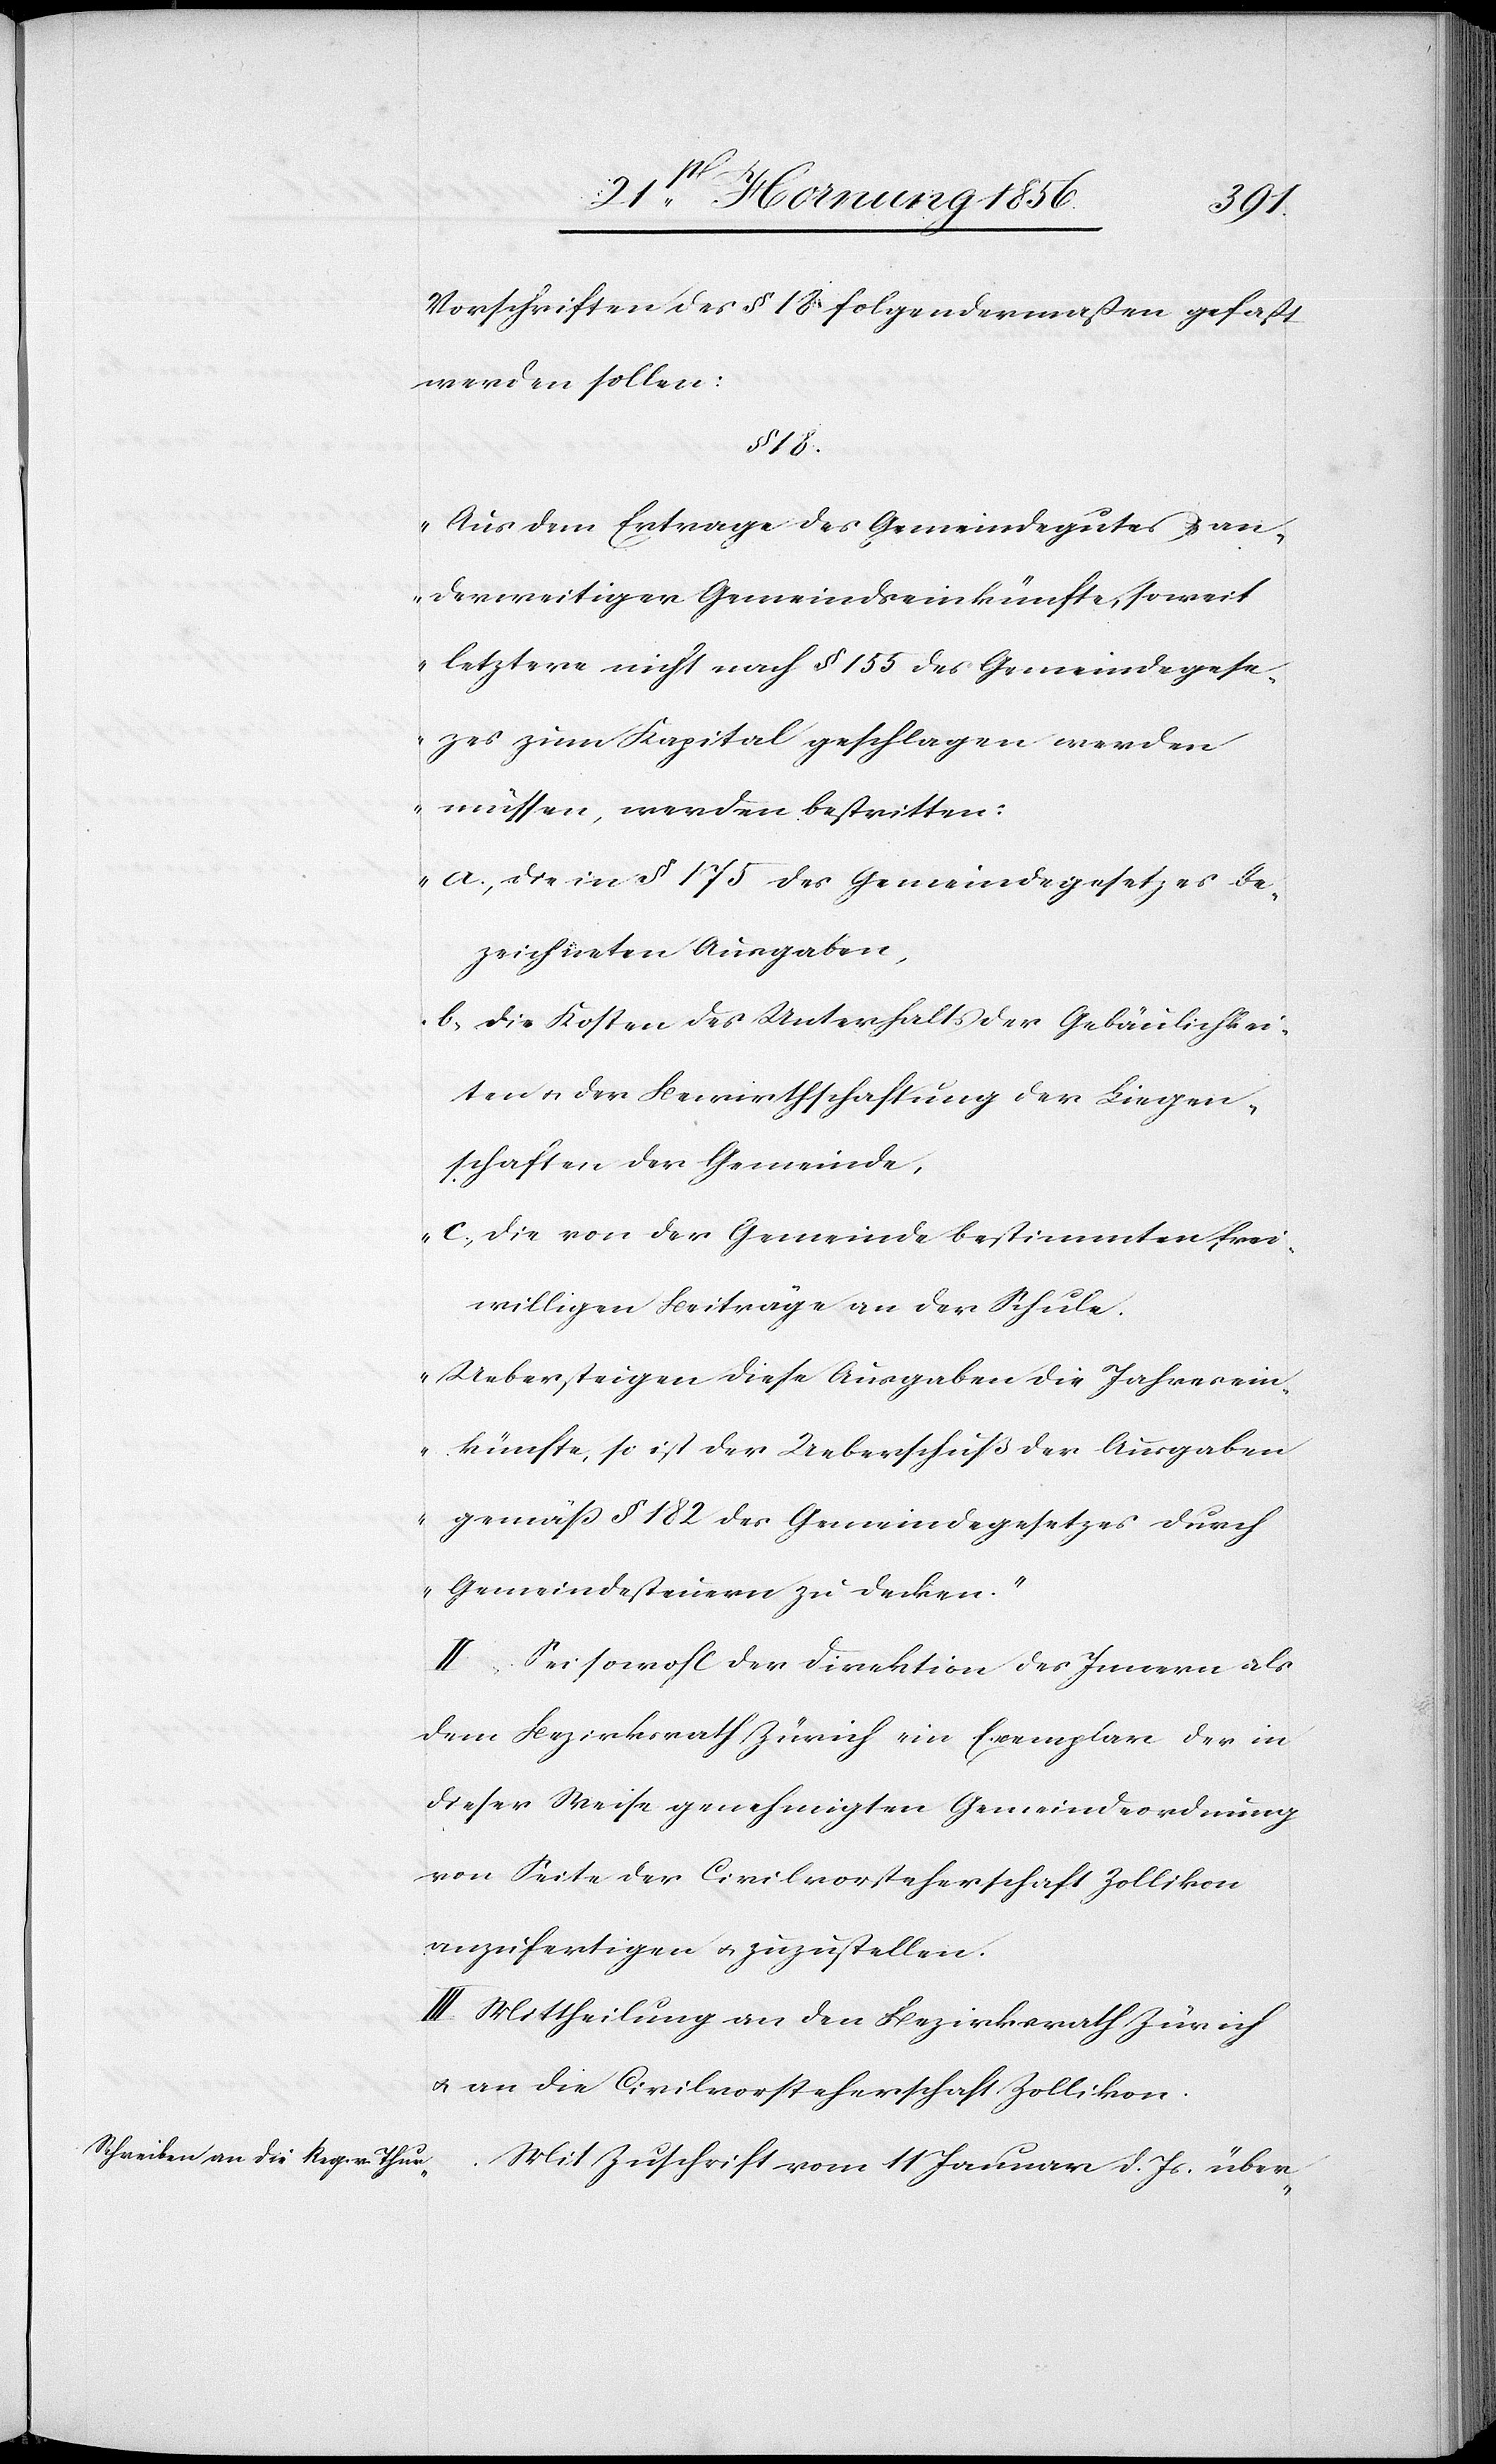
Vorschriften des § 18 folgendermaßen gefaßt
werden sollen:
§ 18.
„Aus dem Ertrage des Gemeindegutes & an¬
derweitiger Gemeindseinkünfte, soweit
letztere nicht nach § 155 des Gemeindegese¬
tzes zum Kapital geschlagen werden
müssen, werden bestritten:
a., die in § 175 des Gemeindegesetzes be¬
zeichneten Ausgaben,
b., die Kosten des Unterhalts der Gebäulichkei¬
ten u. der Bewirthschaftung der Liegen¬
schaften der Gemeinde,
c., die von der Gemeinde bestimmten frei¬
willigen Beiträge an der Schule.
Uebersteigen diese Ausgaben die Jahresein¬
künfte, so ist der Ueberschuß der Ausgaben
gemäß § 182 des Gemeindegesetzes durch
Gemeindesteuern zu decken.“
II. Sei sowohl der Direktion des Innern als
dem Bezirksrath Zürich ein Exemplar der in
dieser Weise genehmigten Gemeindeordnung
von Seite der Civilvorsteherschaft Zollikon
auszufertigen u. zuzustellen.
III. Mittheilung an den Bezirksrath Zürich
u. an die Civilvorsteherschaft Zollikon.
Mit Zuschrift vom 11 Januar d. Js. über-